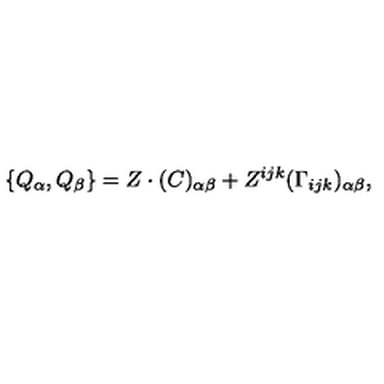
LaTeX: \{ Q _ { \alpha } , Q _ { \beta } \} = Z \cdot ( C ) _ { \alpha \beta } + Z ^ { i j k } ( \Gamma _ { i j k } ) _ { \alpha \beta } ,